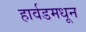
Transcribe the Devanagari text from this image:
हार्वडमधून